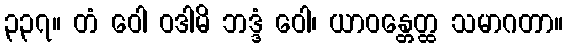
၃၃၇။ တံ ဝေါ ဝဒါမိ ဘဒ္ဒံ ဝေါ၊ ယာဝန္တေတ္ထ သမာဂတာ။